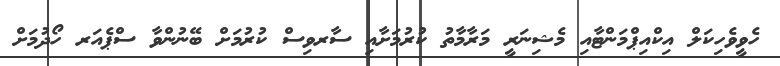
ހެވީވެހިކަލް އިކްއިޕްމަންޓާއި މެޝިނަރީ މަރާމާތު ކުރުމަށާއި ސާރވިސް ކުރުމަށް ބޭނުންވާ ސްޕެއަރ ހޯދުމަށް